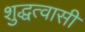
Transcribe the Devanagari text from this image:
शुद्धत्वासी